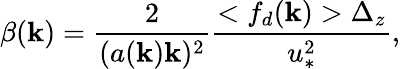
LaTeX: \beta(\mathbf{k})=\frac{{2}}{{(a(\mathbf{k})\mathbf{k})^{2}}}\frac{{<f_{d}(\mathbf{k})>\Delta_{z}}}{{u_{*}^{2}}},